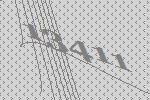
13411